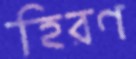
হিরণ